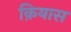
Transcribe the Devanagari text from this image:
क़ियास